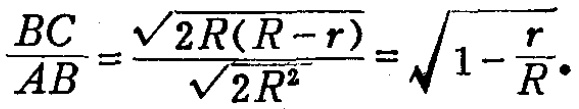
$\frac{BC}{AB}=\frac{\sqrt{2R(R - r)}}{\sqrt{2R^{2}}}=\sqrt{1 - \frac{r}{R}}.$